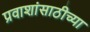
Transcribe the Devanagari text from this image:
प्रवाशांसाठीच्या